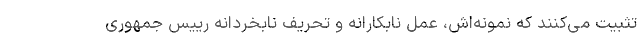
تثبیت می‌کنند که نمونه‌اش، عمل نابکارانه و تحریف نابخردانه رییس جمهوری